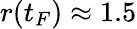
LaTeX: r(t_{F})\approx 1.5